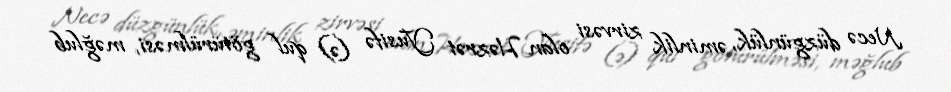
Necə düzgünlük, əminlik zirvəsi olan Həzrət Yusifə (ə) qul götürülməsi, məğlub